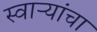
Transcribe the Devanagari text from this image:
स्वाऱ्यांचा